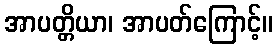
အာပတ္တိယာ၊ အာပတ်ကြောင့်။